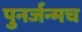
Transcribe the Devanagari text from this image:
पुनर्जन्मच